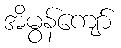
အိမွန်ကျော်